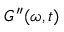
G ^ { \prime \prime } ( \omega , t )